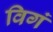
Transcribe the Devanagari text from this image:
विगं